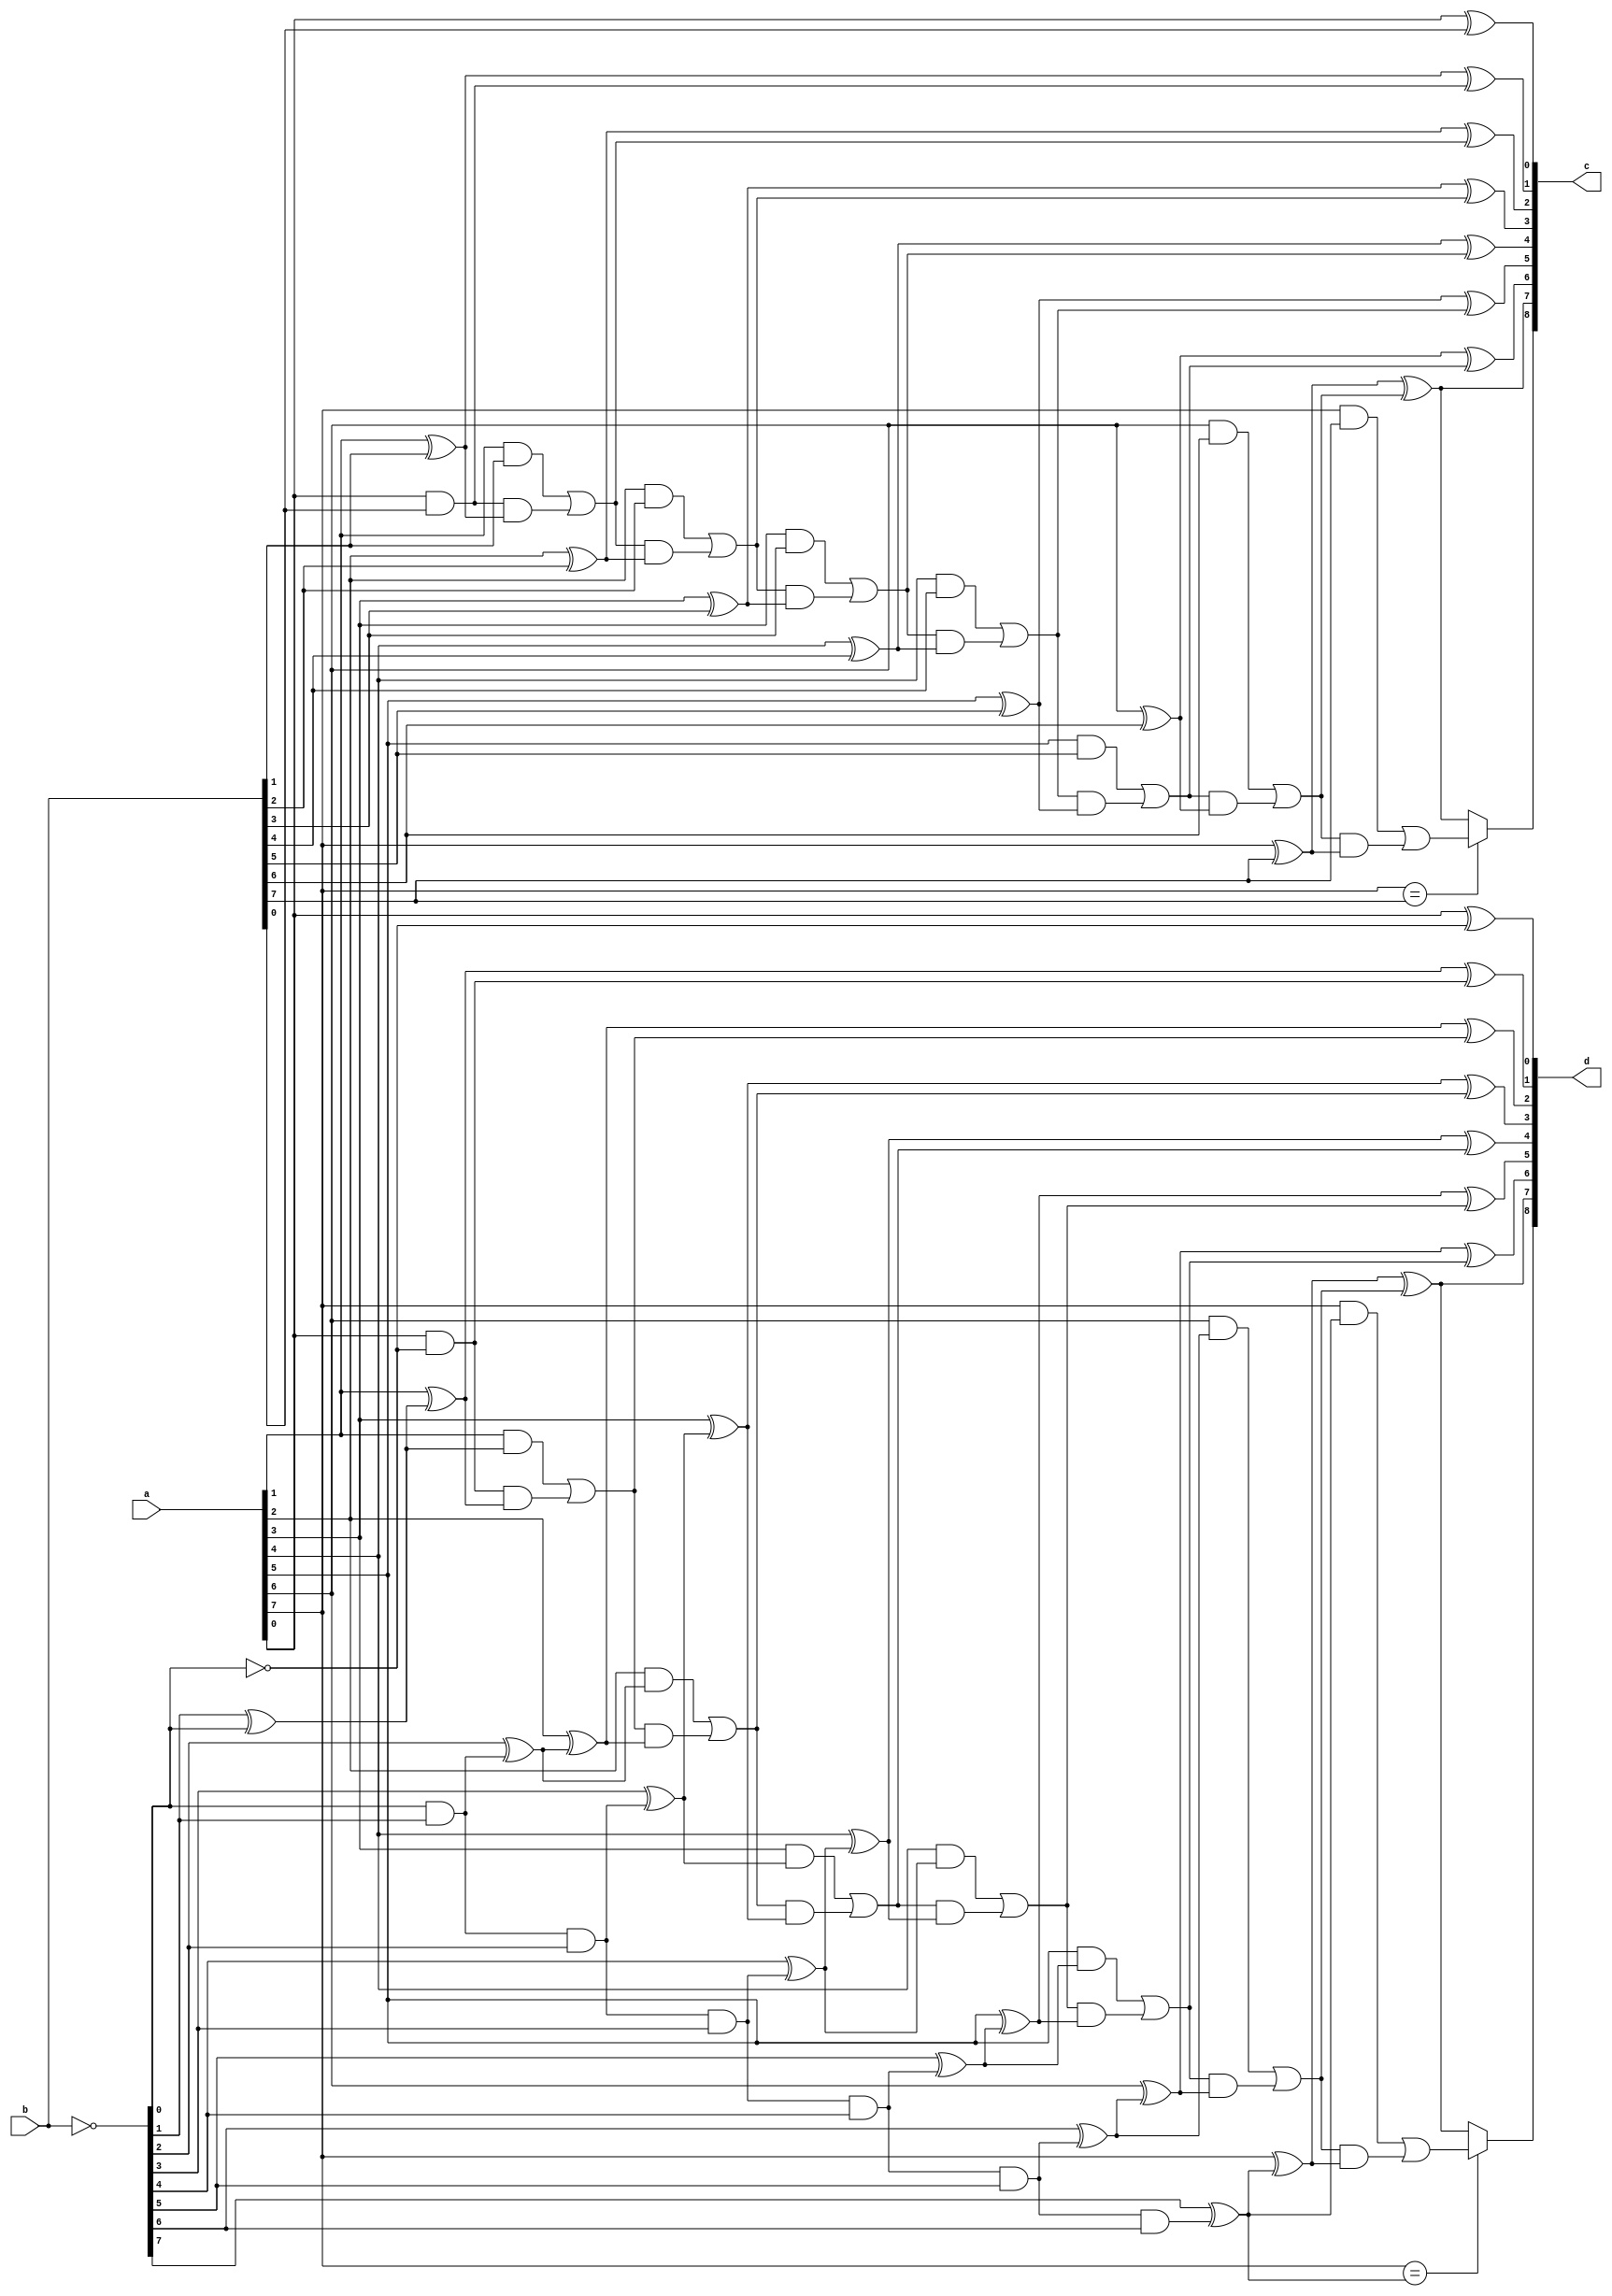
//`define USE_ASIC_MULT
//`define USE_FPGA_MULT
//`define USE_FPGA_SPSRAM
//`define USE_ASIC_SPSRAM

module fht_bfly_noFF(
	a,
	b,
	c,
	d
);

parameter N = 8;

input	[N-1:0]	a; // input
input	[N-1:0]	b; // input

output	[N  :0]	c; // additive output
output	[N  :0]	d; // subtractive output

assign c = rca_N(a,b);
assign d = rca_N(a,twos_complement(b));

// +--------------------------------------------------+ \\
// +----------- Function's Description Part ----------+ \\
// +--------------------------------------------------+ \\
// Full Adder
	function [1:0] full_adder;
	input a, b, ci;
	reg co, s;
	begin
		s  = (a ^ b ^ ci);
		co = (a & b) | (ci & (a ^ b));
		full_adder = {co,s};
	end
	endfunction

// Half Adder, i.e. without carry in
	function [1:0] half_adder;
	input a, b;
	reg co, s;
	begin
		s  = (a ^ b);
		co = (a & b);
		half_adder = {co,s};
	end
	endfunction

// Ripple Carry Adder - rca
// Input  vector = N     bits
// Output vector = N + 1 bits
	function [N:0] rca_N;

//	parameter N = 8;
	input [N-1:0] a;
	input [N-1:0] b;
	
	reg [N-1:0] co,sum;
		
		begin : RCA // RIPPLE CARRY ADDER
        	integer i;
        	//for (i = 0; i <= N; i = i + 1)
        	for (i = 0; i < N; i = i + 1)
            	if (i == 0)
					{co[i],sum[i]} = half_adder(a[i],b[i]);
				else
					{co[i],sum[i]} = full_adder(a[i],b[i],co[i-1]);

		rca_N[N-1:0] = sum;
		// MSB is a sign bit
		rca_N[N] = (a[N-1]==b[N-1]) ? co[N-1] : sum[N-1];
		end
	endfunction


	function [N-1:0] twos_complement;
	input [N-1:0] a;
  	reg [N-1:0] ainv;
  	reg [N:0] plus1;
	begin
		ainv  = ~a;
		plus1 = rca_N(ainv,{{N-1{1'b0}},1'b1});
	
		// pragma coverage block = off
		// synopsys translate_off
		// The only problem is absolute minumum negative value
		if (a == {1'b1, {N-1{1'b0}}})
			$display("--->>> 2's complement ERROR - absolute minimum negative value: %0b\n\t %m",a);
		// synopsys translate_on
		// pragma coverage block = on
		
		twos_complement = plus1[N-1:0];
	end
	endfunction

endmodule